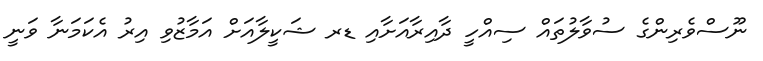
ނޫސްވެރިންގެ ސުވާލުތައް ސިއްހީ ދާއިރާއަށާއި ޑރ ޝަކީލާއަށް އަމާޒުވި އިރު އެކަމަނާ ވަނީ